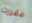
فقررت